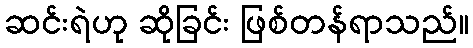
ဆင်းရဲဟု ဆိုခြင်း ဖြစ်တန်ရာသည်။